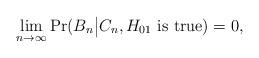
LaTeX: \begin{align*} \lim\limits_{n\rightarrow\infty} \Pr(B_n\big|C_n, H_{01} \mbox{ is true})=0, \end{align*}